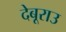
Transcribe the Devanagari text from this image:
देबूराउ